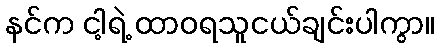
နင်က ငါ့ရဲ့ ထာဝရသူငယ်ချင်းပါကွာ။